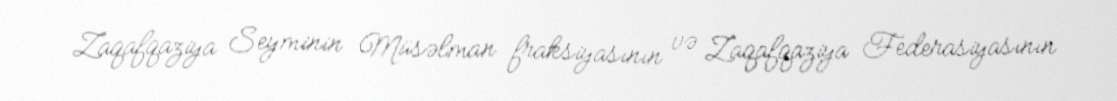
Zaqafqaziya Seyminin Müsəlman fraksiyasının və Zaqafqaziya Federasiyasının